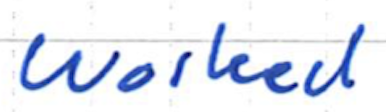
Text: worked
Cross-out: clean
Writing tool: ballpoint